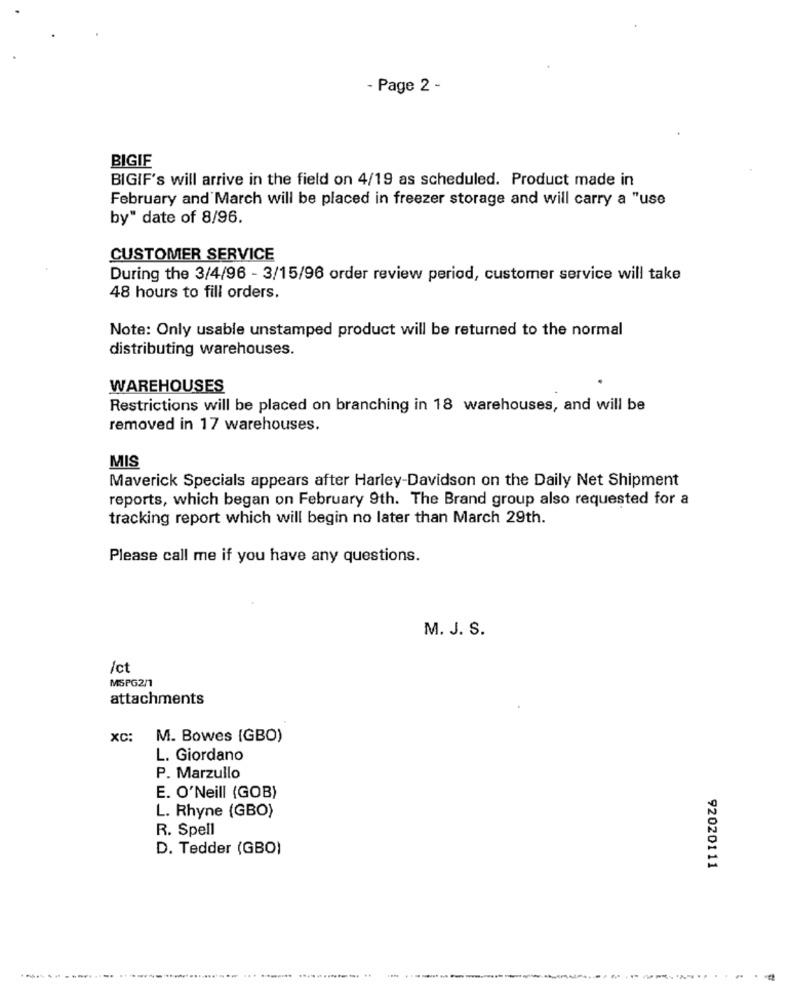
- Page 2 -
BIGIF
BIGIF's will arrive in the field on 4/19 as scheduled. Product made in
February and March will be placed in freezer storage and will carry a "use
by" date of 8/96.
CUSTOMER SERVICE
During the 3/4/96 - 3/15/96 order review period, customer service will take
48 hours to fill orders.
Note: Only usable unstamped product will be returned to the normal
distributing warehouses.
WAREHOUSES
Restrictions will be placed on branching in 18 warehouses, and will be
removed in 17 warehouses.
MIS
Maverick Specials appears after Harley-Davidson on the Daily Net Shipment
reports, which began on February 9th. The Brand group also requested for a
tracking report which will begin no later than March 29th.
Please call me if you have any questions.
M. J. S.
/ct
MSPG2/1
attachments
XC:
M. Bowes (GBO)
L. Giordano
P. Marzullo
E. O'Neill (GOB)
L. Rhyne (GBO)
R. Spell
D. Tedder (GBO)
92020111